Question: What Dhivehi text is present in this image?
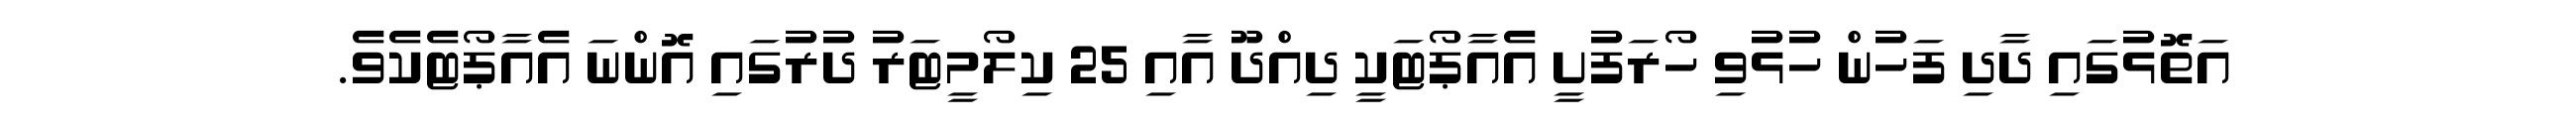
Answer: އަތޮޅުގައި ދާދި ފަހުން ހުޅުވި ހޯރަފުށީ އެއާޕޯޓަކީ ދިއްދޫ އާއި 25 ކިލޯމީޓަރު ދުރުގައި އޮންނަ އެއާޕޯޓެކެވެ.